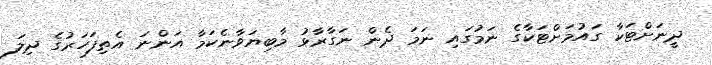
ދީނަށްޓަކާ ގައުމަށްޓަކާގެ ނަމުގައި ނަމަ ދެން ނަގާރާޅު މާބިޔަވާނެކަމާ އަންނަ އެތިފަހަރުގެ ދިލަ